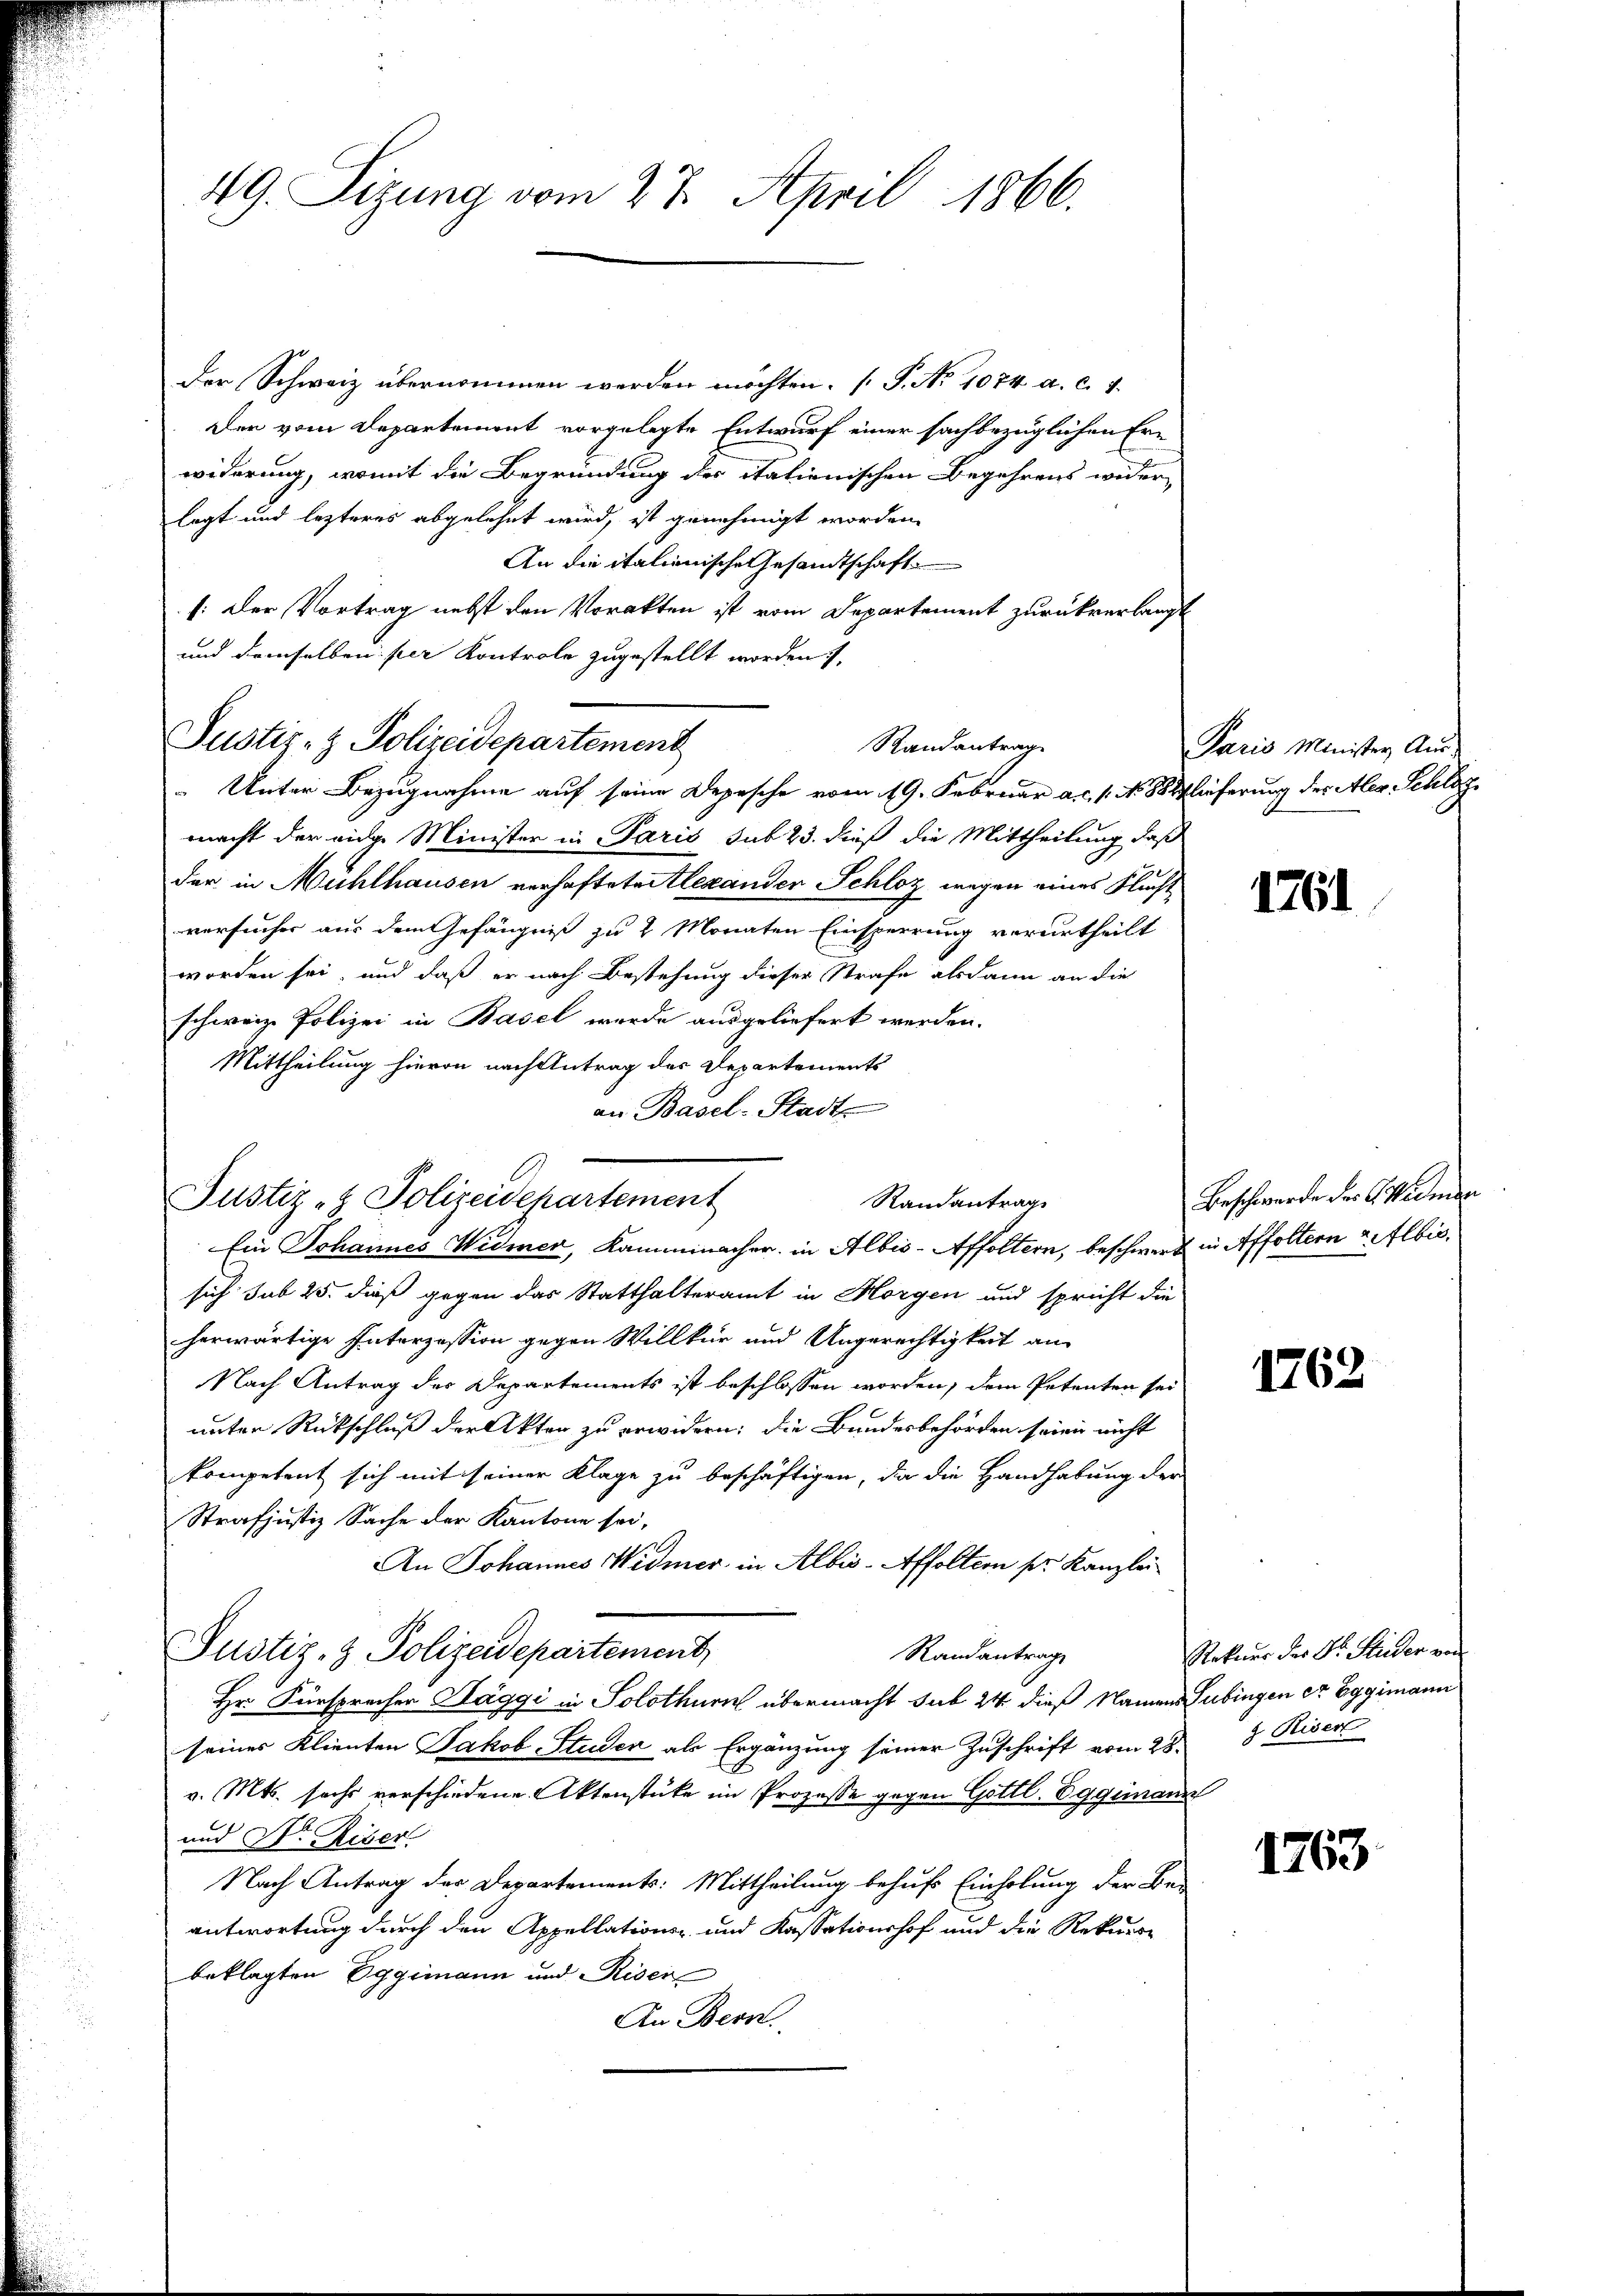
49. Sizung vom 27. April 1866.

der Schweiz übernommen werden möchten. (T. No 1074 a. c. 4.
Der vom Departement vorgelegte Entwurf einer sachbezüglichen Erwiderung, womit die Begründung der itationischen Begehrens wider
legt und lezteres abgelehnt wird, ist genehmigt worden.
An die italienische Gesandtschaft
: Der Vortrag nebst den Vorakten ist vom Departement zurückverlangt
und demselben per Kontrole zugestellt worden 7.
Randantrag
" Unter Bezugnahme auf seine Depesche vom 19. Februar a.c. 1. No. 88 Slieferung der Aber Schlözmacht der eidge Minister in Paris sub 23. dieß die Mittheilung daß
der in Mühlhausen verhaftete Alexander Schloz wegen eines Flucht
versucher aus dem Gefängniß zu 2 Monaten Einsperrung verurtheilt
worden sei, und daß er nach Bestehung dieser Strafe alsdann an die
schweiz. Polizei in Basel wurde ausgeliefert werden.
Mittheilung hievon nach Antrag des Departements
an Basel-Stadt
Ein Johannes Widmer, Kammmnacher in Albis-Affoltern, beschwert in Affoltern Albissich sub 25. dieß gegen das Statthalteramt in Morgen und spricht die
herwärtige Interzession gegen Willkür und Ungerechtigkeit an
Nach Antrag der Departements ist beschlossen worden, dem Petenten sei
unter Rückschluß der Akten zu erwidern; die Bundesbehörden seien nicht
kompetent sich mit seiner Klage zu beschäftigen, da die Handhabung der
Strafjustiz Sache der Kantone sei,
An Johannes Widmer in Albis-Affoltern pr. Kanzlei
Justiz- & Polizeidepartement
Randantrage
Hr. Fürsprecher Haggi in Solothurn übermacht sub 24 dieß Namens Lubingen er Eggimann
seines Klienten Jakob Studen als Ergänzung seiner Zuschrift vom 28. 3 Riser
v. Mts. sechs verschiedene Aktenstüke im Prozesse gegen Gottl. Eggenann
und Hr. Riser
Nach Antrag der Departements: Mittheilung behufs Einholung der Be-
antwortung durch den Appellations- und Kassationshof und die Rekurse
beklagten Eggimann und Riser
An Bern.

Justiz- & Polizeidepartement

Justiz- & Polizeidepartement

Randantrag

Paris Minister Aus¬

1761

Beschwerde der G. Widman

1762

Rekurs der Dr. Seider von

1763